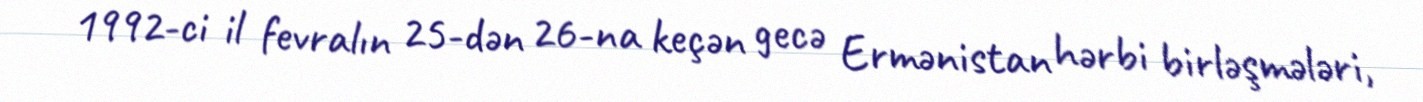
1992-ci il fevralın 25-dən 26-na keçən gecə Ermənistan hərbi birləşmələri,